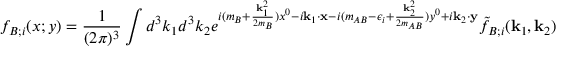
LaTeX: f _ { B ; i } ( x ; y ) = \frac { 1 } { ( 2 \pi ) ^ { 3 } } \int d ^ { 3 } k _ { 1 } d ^ { 3 } k _ { 2 } e ^ { i ( m _ { B } + \frac { { \bf k } _ { 1 } ^ { 2 } } { 2 m _ { B } } ) x ^ { 0 } - i { \bf k } _ { 1 } \cdot { \bf x } - i ( m _ { A B } - \epsilon _ { i } + \frac { { \bf k } _ { 2 } ^ { 2 } } { 2 m _ { A B } } ) y ^ { 0 } + i { \bf k } _ { 2 } \cdot { \bf y } } \tilde { f } _ { B ; i } ( { \bf k } _ { 1 } , { \bf k } _ { 2 } )